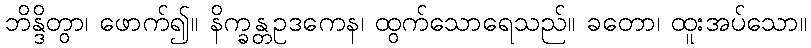
ဘိန္ဒိတွာ၊ ဖောက်၍။ နိက္ခန္တဥဒကေန၊ ထွက်သောရေသည်။ ခတော၊ ထူးအပ်သော။